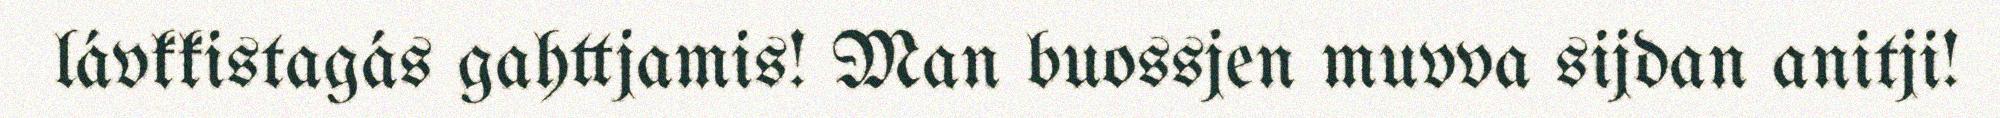
lávkkistagás gahttjamis! Man buossjen muvva sijdan anitji!